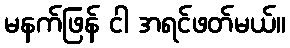
မနက်ဖြန် ငါ အရင်ဖတ်မယ်။